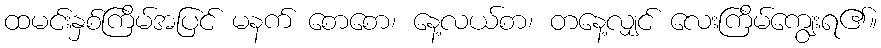
ထမင်းနှစ်ကြိမ်အပြင် မနက် စောစော၊ နေ့လယ်စာ၊ တနေ့လျှင် လေးကြိမ်ကျွေးရ၏။